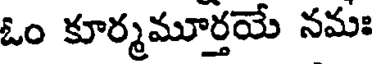
ఓం కూర్మమూర్తయే నమః